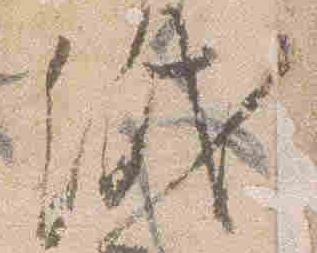
紙